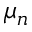
\mu _ { n }